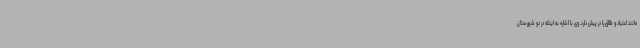
مانند اعتیاد و طلاق را در پیش دارد. وی با اشاره به اینکه در دو شهرستان